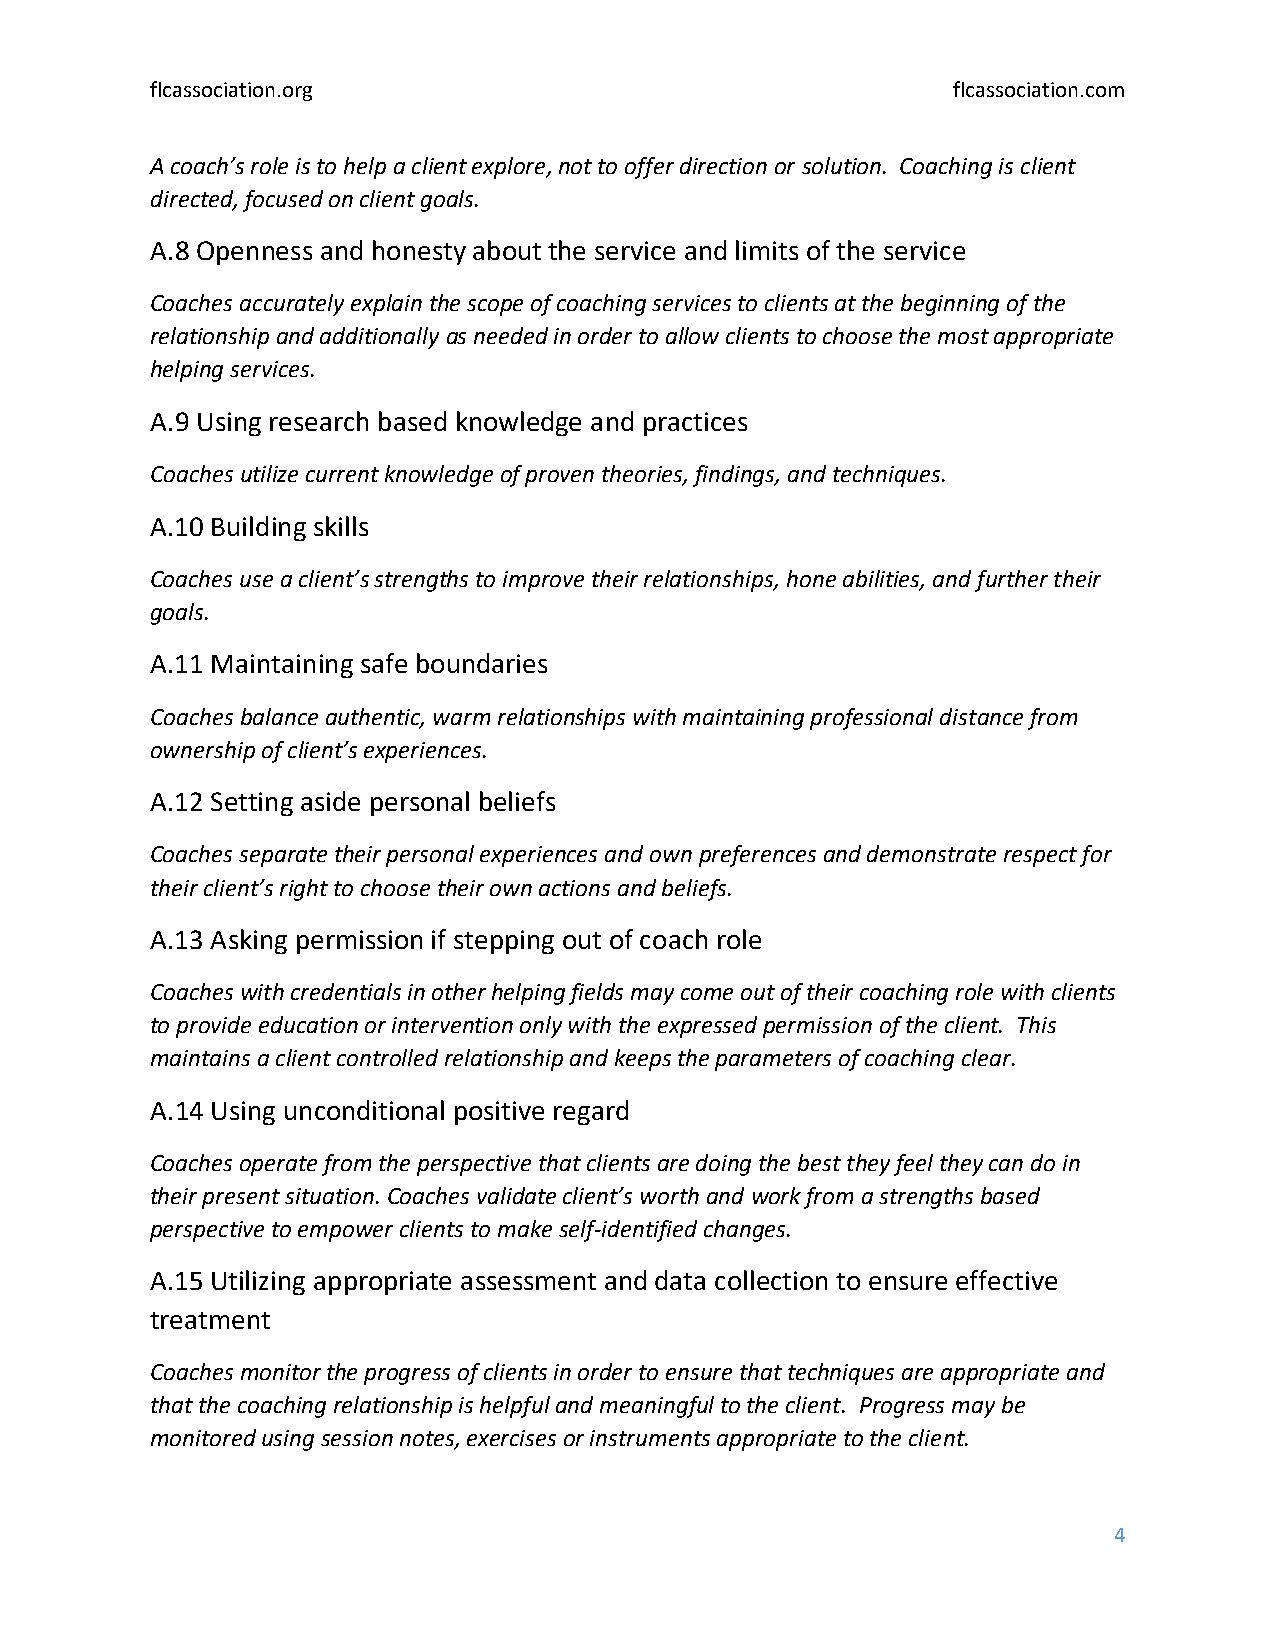
flcassociation.org                                   flcassociation.com
 A coach’s role is to help a client explore, not to offer direction or solution. Coaching is client
 directed, focused on client goals.
 A.8 Openness and honesty about the service and limits of the service
 Coaches accurately explain the scope of coaching services to clients at the beginning of the
 relationship and additionally as needed in order to allow clients to choose the most appropriate
 helping services.
 A.9 Using research based knowledge and practices
 Coaches utilize current knowledge of proven theories, findings, and techniques.
 A.10 Building skills
 Coaches use a client’s strengths to improve their relationships, hone abilities, and further their
 goals.
 A.11 Maintaining safe boundaries
 Coaches balance authentic, warm relationships with maintaining professional distance from
 ownership of client’s experiences.
 A.12 Setting aside personal beliefs
 Coaches separate their personal experiences and own preferences and demonstrate respect for
 their client’s right to choose their own actions and beliefs.
 A.13 Asking permission if stepping out of coach role
 Coaches with credentials in other helping fields may come out of their coaching role with clients
 to provide education or intervention only with the expressed permission of the client. This
 maintains a client controlled relationship and keeps the parameters of coaching clear.
 A.14 Using unconditional positive regard
 Coaches operate from the perspective that clients are doing the best they feel they can do in
 their present situation. Coaches validate client’s worth and work from a strengths based
 perspective to empower clients to make self-identified changes.
 A.15 Utilizing appropriate assessment and data collection to ensure effective
 treatment
 Coaches monitor the progress of clients in order to ensure that techniques are appropriate and
 that the coaching relationship is helpful and meaningful to the client. Progress may be
 monitored using session notes, exercises or instruments appropriate to the client.
 4